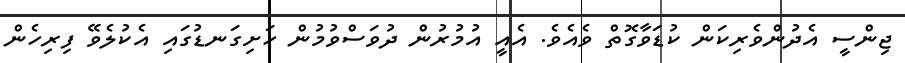
ޖިންސީ އެދުންވެރިކަން ކުޑަވާގޮތް ވެއެވެ. އެއީ އުމުރުން ދުވަސްވުމުން ހަށިގަނޑުގައި އެކުލެވޭ ފިރިހެން